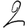
Digit: 2